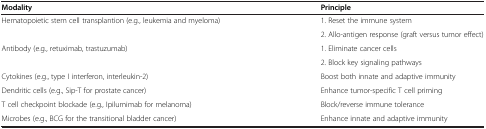
<table><thead><tr><td><b>Modality</b></td><td><b>Principle</b></td></tr></thead><tbody><tr><td rowspan="2">Hematopoietic stem cell transplantion (e.g., leukemia and myeloma)</td><td>1. Reset the immune system</td></tr><tr><td>2. Allo-antigen response (graft versus tumor effect)</td></tr><tr><td rowspan="2">Antibody (e.g., retuximab, trastuzumab)</td><td>1. Eliminate cancer cells</td></tr><tr><td>2. Block key signaling pathways</td></tr><tr><td>Cytokines (e.g., type I interferon, interleukin-2)</td><td>Boost both innate and adaptive immunity</td></tr><tr><td>Dendritic cells (e.g., Sip-T for prostate cancer)</td><td>Enhance tumor-specific T cell priming</td></tr><tr><td>T cell checkpoint blockade (e.g., Ipilumimab for melanoma)</td><td>Block/reverse immune tolerance</td></tr><tr><td>Microbes (e.g., BCG for the transitional bladder cancer)</td><td>Enhance innate and adaptive immunity</td></tr></tbody></table>